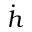
\dot { h }